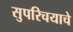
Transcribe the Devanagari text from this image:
सुपरिचयाचे